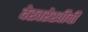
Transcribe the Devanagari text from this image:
देखरेखीची